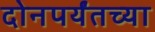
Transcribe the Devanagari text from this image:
दोनपर्यंतच्या